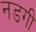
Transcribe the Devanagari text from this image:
नडगी